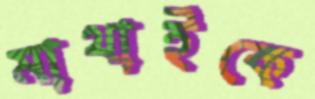
মাথাইকে